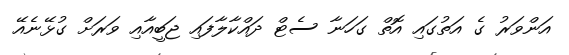
އަންވަރު ގެ އަތުގައި އޮތް ގަހަނާ ސެޓް ދައްކާލާފައި ޖަބީއާއި ވަރަށް ގުޅޭނެއޭ